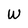
Character: w